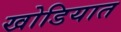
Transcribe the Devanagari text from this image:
खोडियात